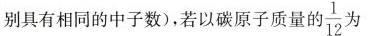
别具有相同的中子数)，若以碳原子质量的一 \frac{1}{12}为